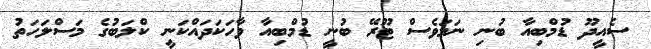
ސެއީދޫ ޑުމްބިއާ ބުނި ނަމަވެސް ޓޫރޭ ބުނީ ޑުމްބިއާ ވާހަކަދައްކަނީ ކްލަބުގެ މަސްލަހަތު